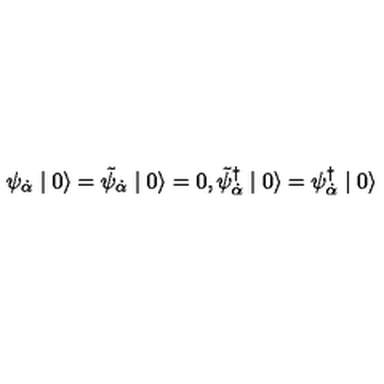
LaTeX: \psi _ { \dot { \alpha } } \mid 0 \rangle = \tilde { \psi } _ { \dot { \alpha } } \mid 0 \rangle = 0 , \tilde { \psi } _ { \dot { \alpha } } ^ { \dagger } \mid 0 \rangle = \psi _ { \dot { \alpha } } ^ { \dagger } \mid 0 \rangle